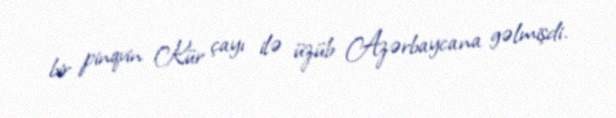
bir pinqvin Kür çayı ilə üzüb Azərbaycana gəlmişdi.